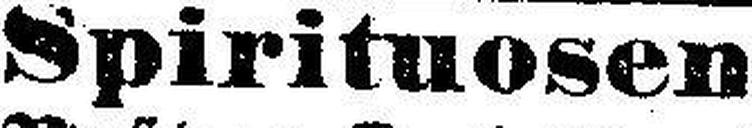
Spirituosen